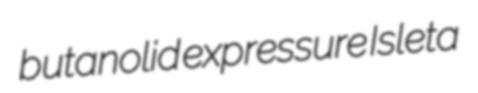
butanolid expressure Isleta